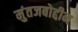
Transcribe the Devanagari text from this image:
मुंतजबोद्दीन